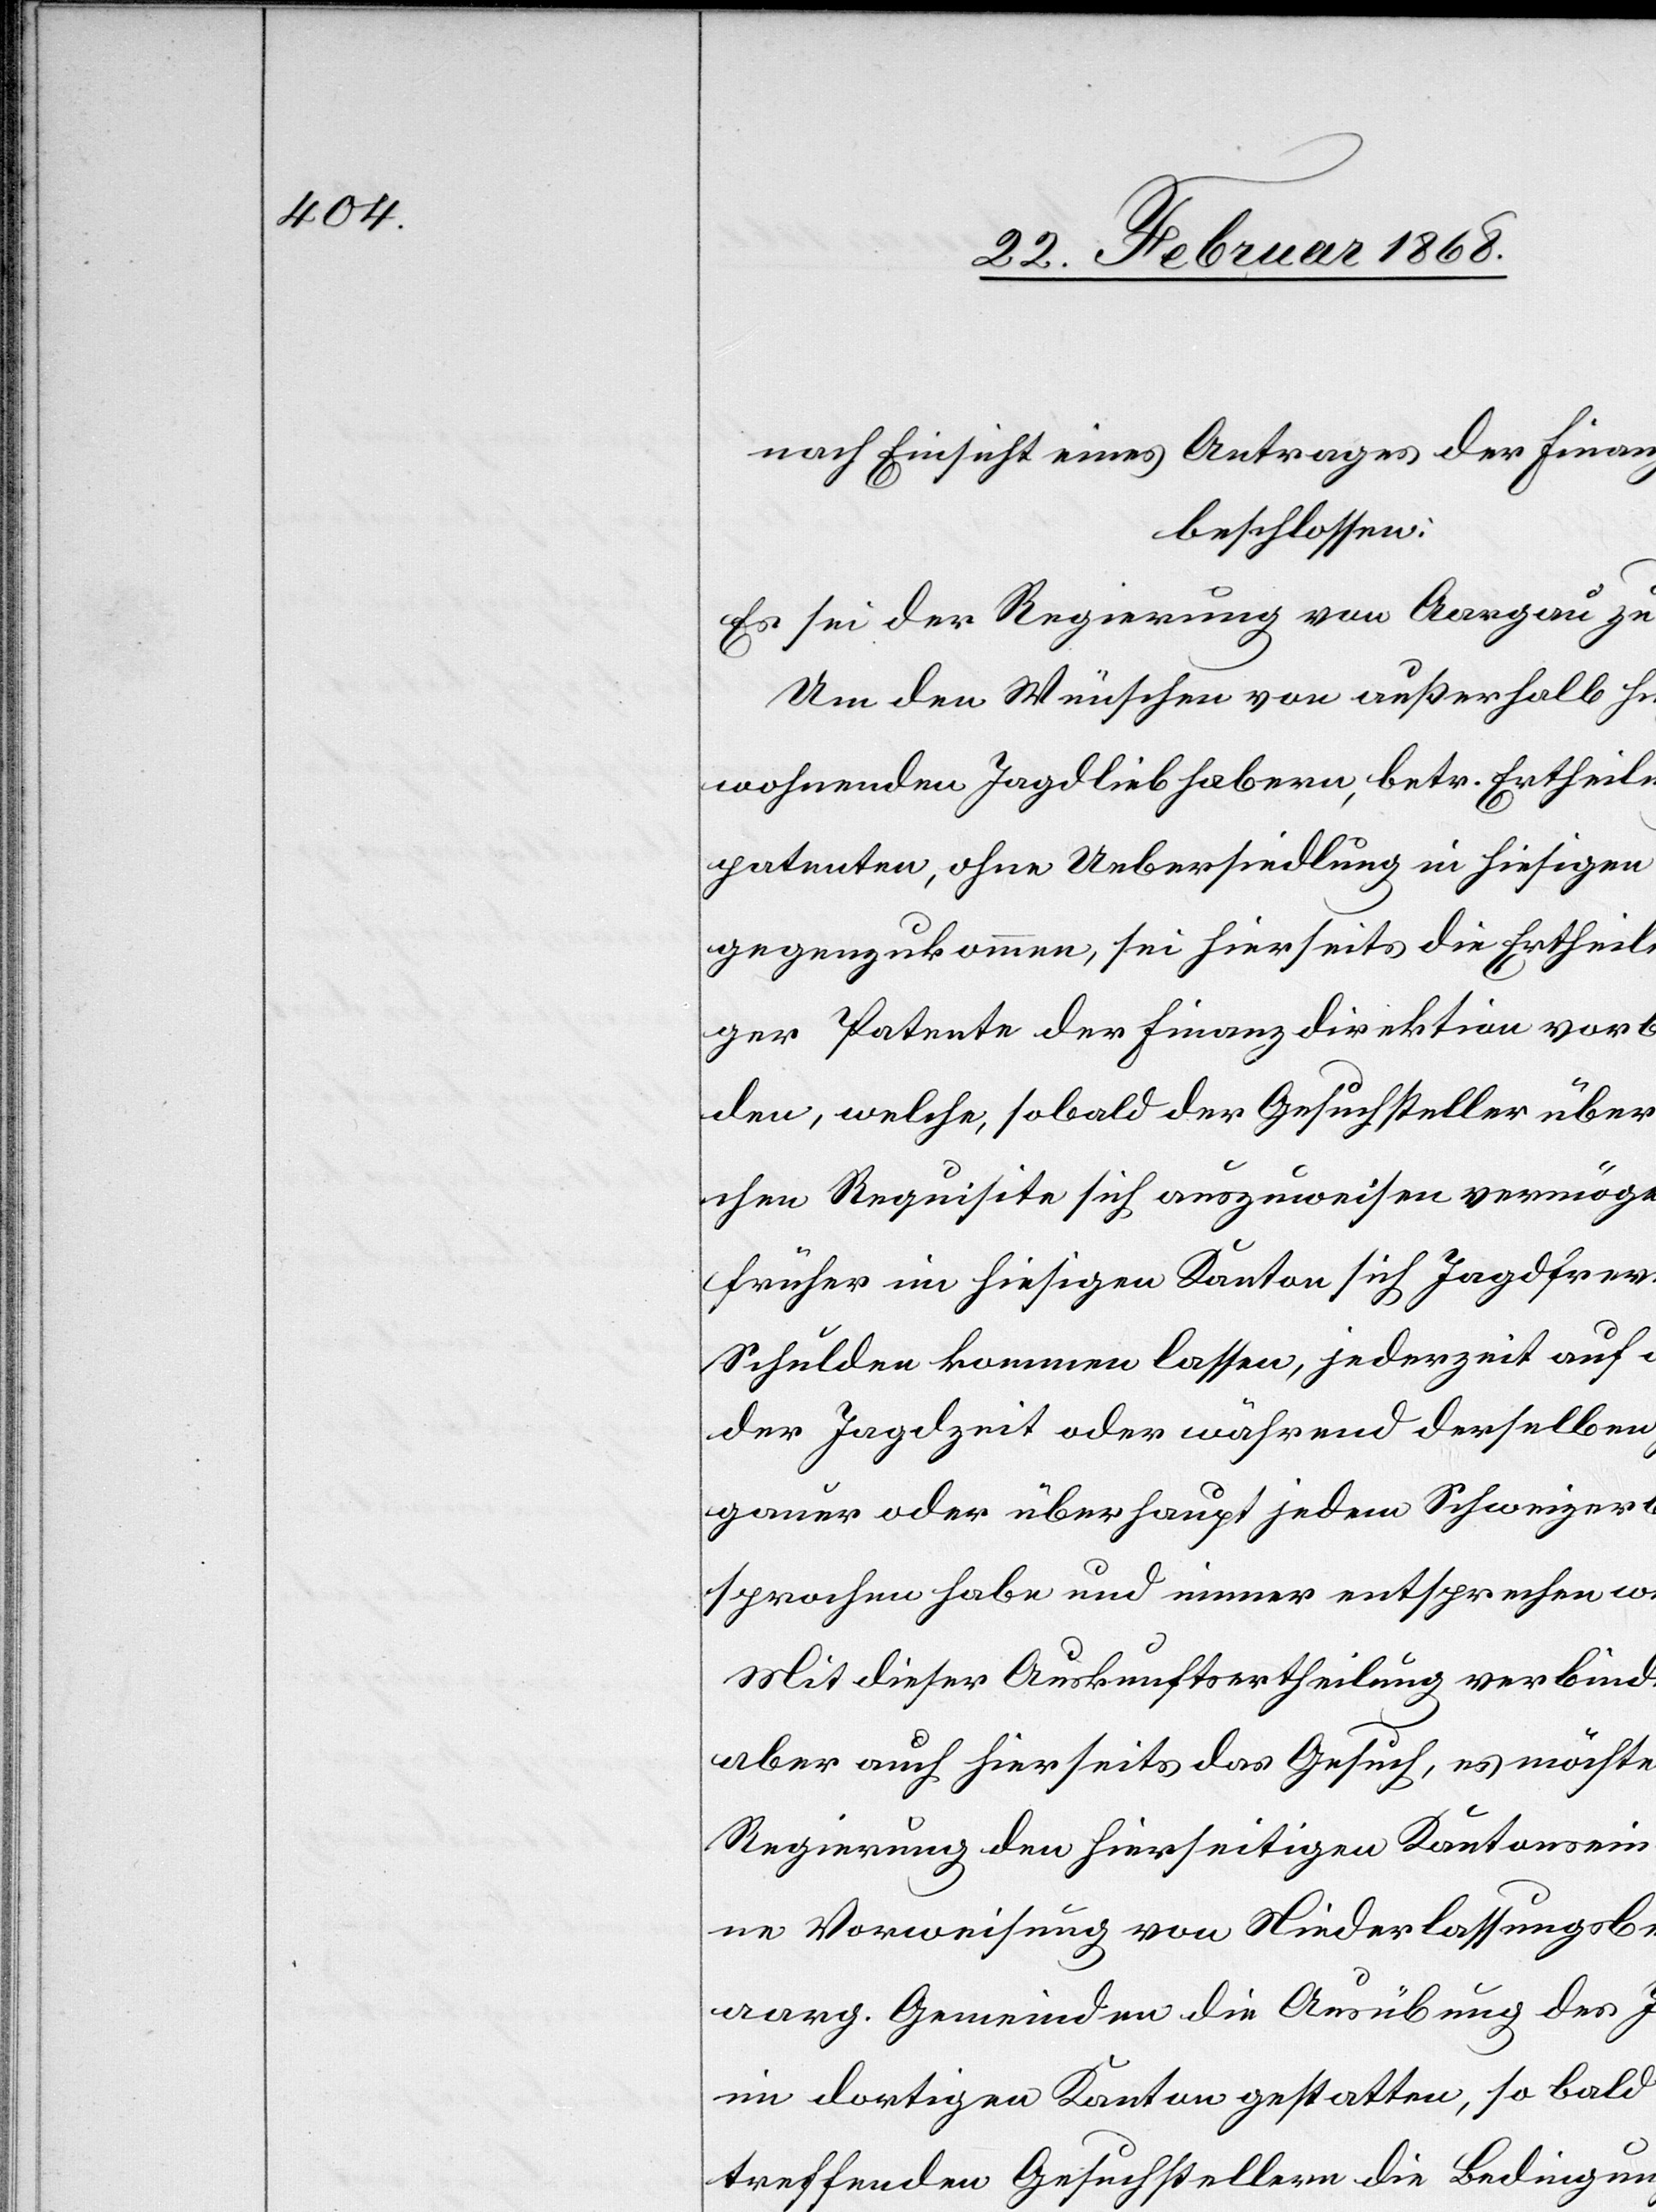
lligungen

nach Einsicht eines Antrages der Finan¬
beschlossen:
Es sei der Regierung von Aargau zu
Um den Wünschen von außerhalb hie¬
wohnenden Jagdliebhabern, betr. Ertheilung
Jagdpatenten, ohne Uebersiedlung in hiesigen
entgegenzukommen, sei hierseits die Ertheil¬
tiger Patente der Finanzdirektion vorbeh¬
worden, welche, sobald der Gesuchsteller über
lichen Requisite sich auszuweisen vermöge
früher im hiesigen Kanton sich Jagdfrevel
Schulden kommen lassen, jederzeit auf
der Jagdzeit oder während derselben
gauer oder überhaupt jedem Schweizerb¬
entsprochen habe und immer entsprechen werde.
Mit dieser Auskunftsertheilung verbinde
aber auch hierseits das Gesuch, es möchte
Regierung den hierseitigen Kantonseinw¬
ne Vorweisung von Niederlassungsbewi¬
aarg. Gemeinden die Ausübung des
im dortigen Kanton gestatten, so bald
be¬
treffenden Gesuchstellern die Bedingungen